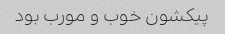
پیکشون خوب و مورب بود